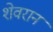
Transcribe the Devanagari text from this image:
शेवरान